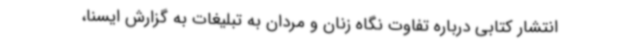
انتشار کتابی درباره تفاوت نگاه زنان و مردان به تبلیغات به گزارش ایسنا،